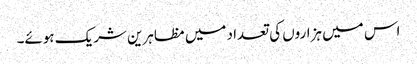
اس میں ہزاروں کی تعداد میں مظاہرین شریک ہوئے۔